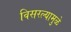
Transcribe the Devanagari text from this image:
विसरल्यामुळे